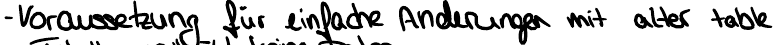
- Vorraussetzung für einfache Anderungen mit alter table